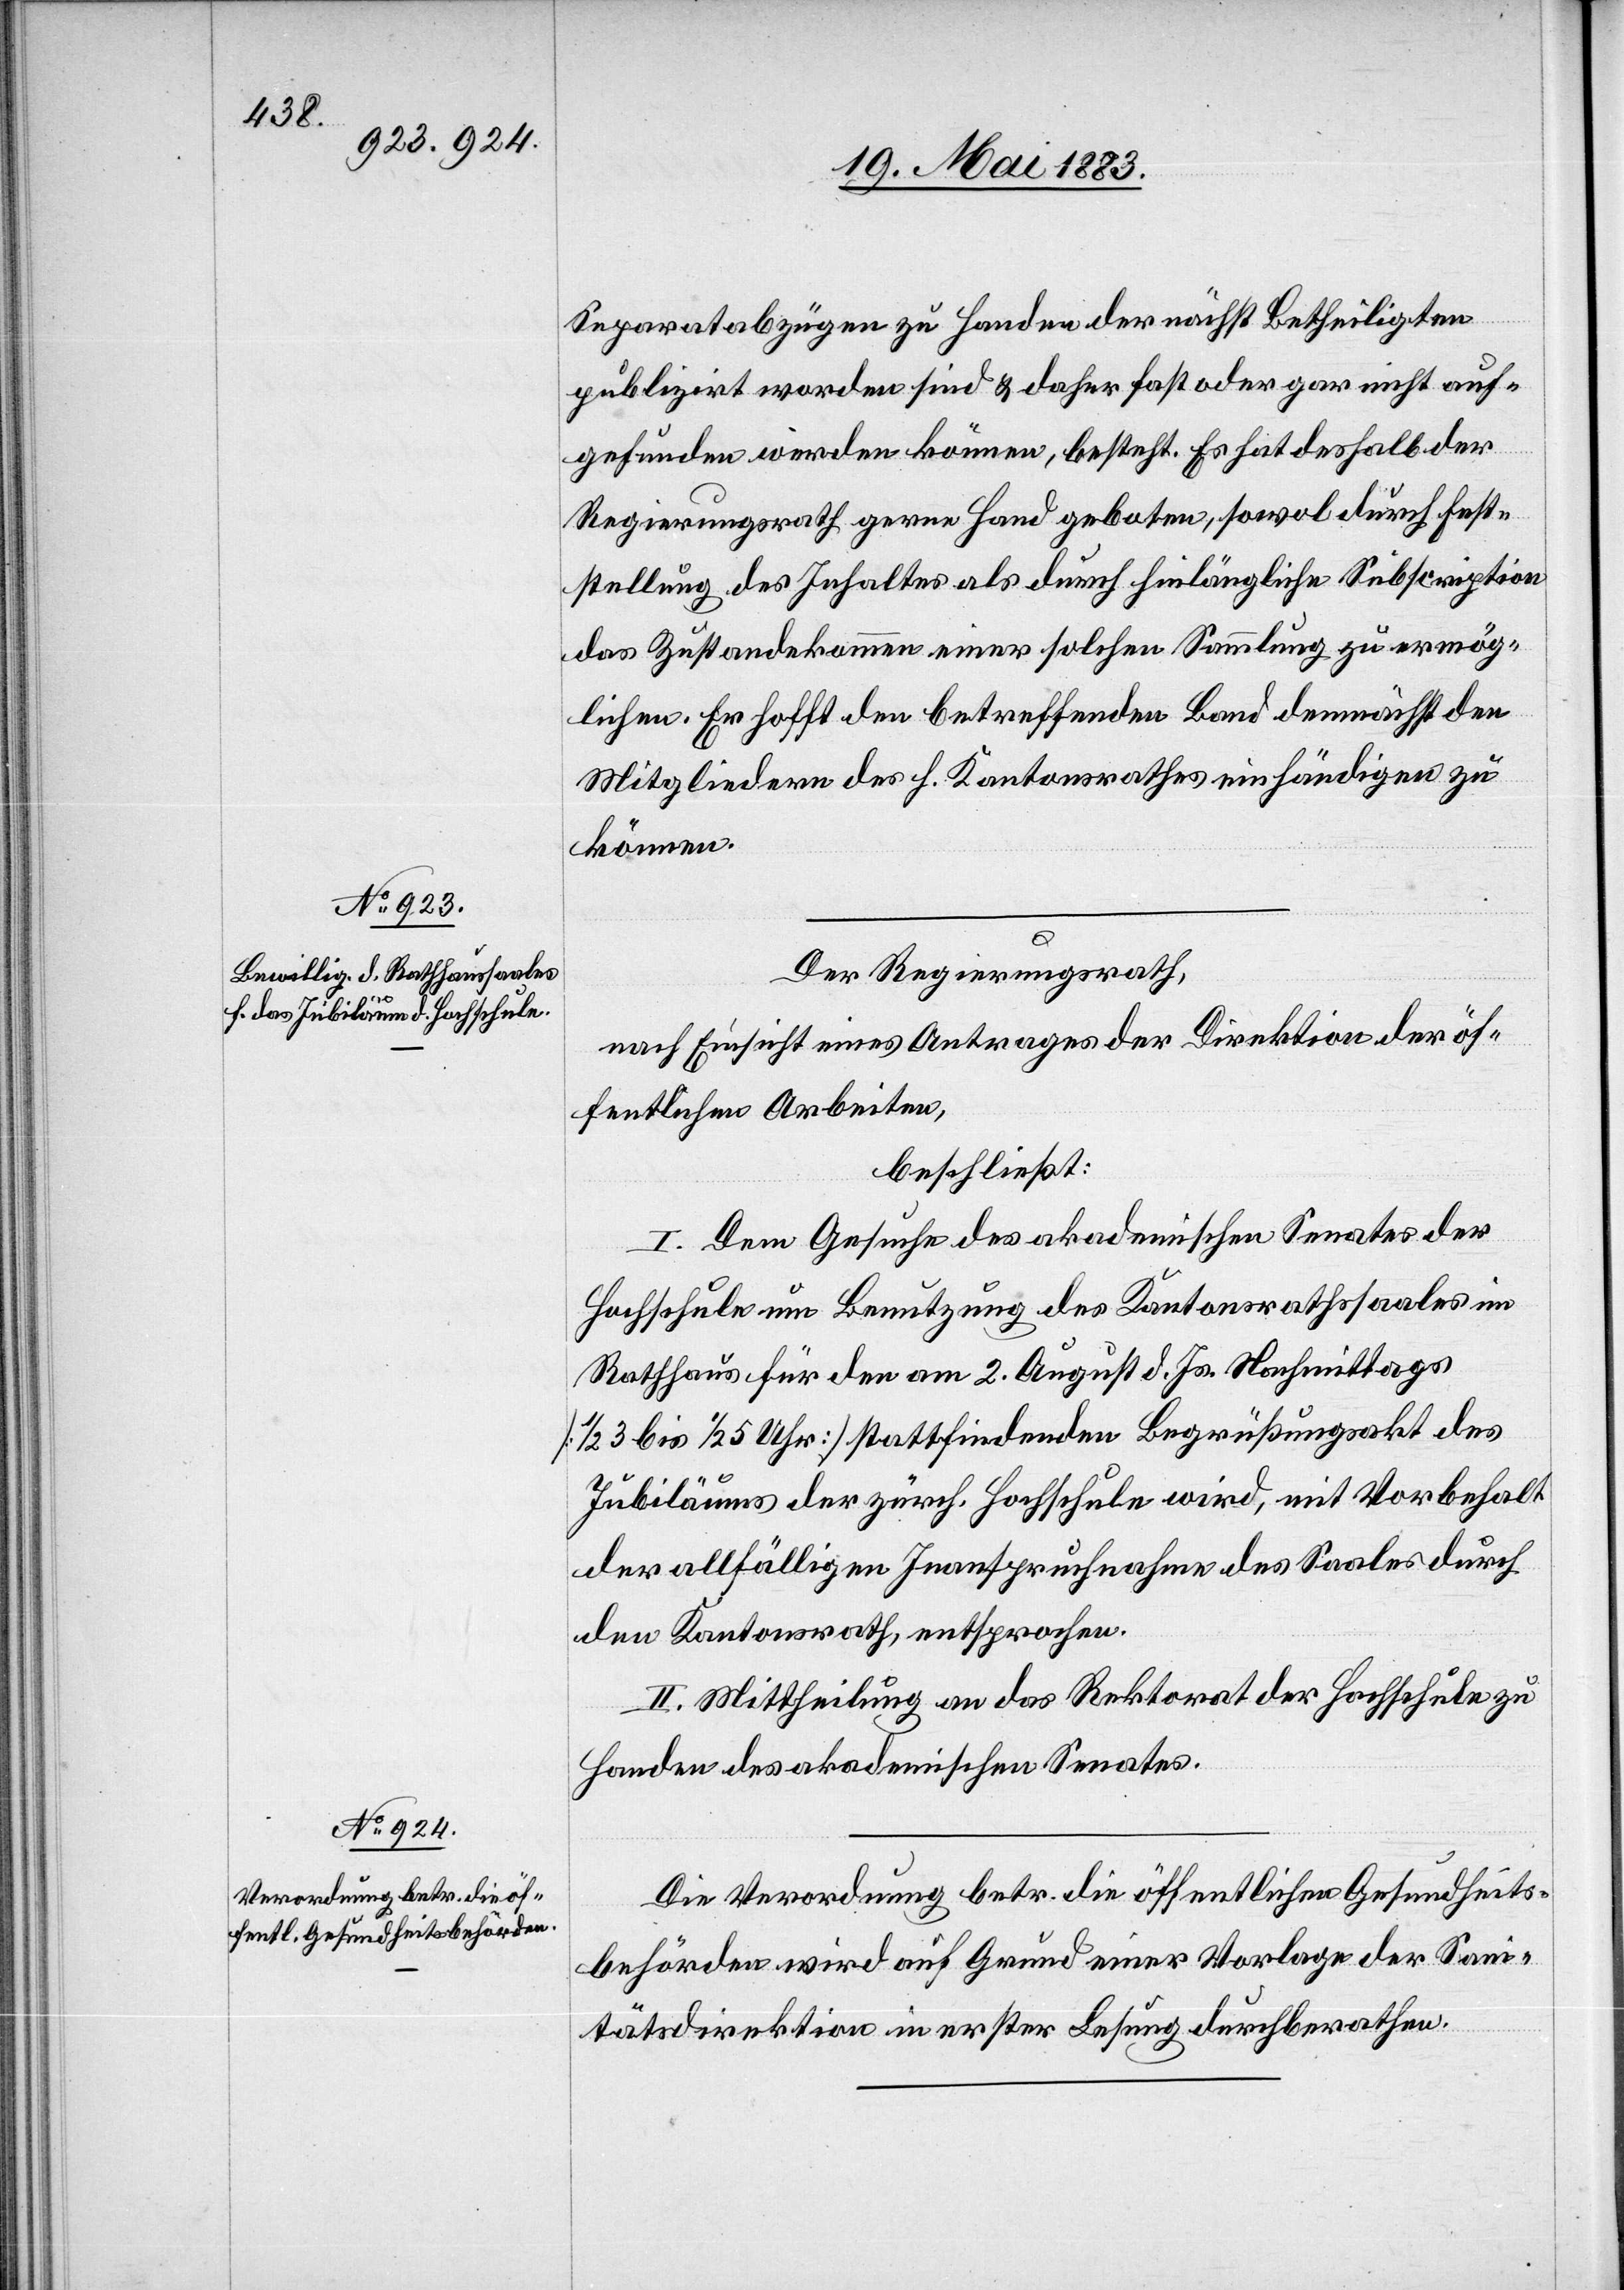
Separatabzügen zu Handen der nächst Betheiligten
publizirt worden sind & daher fast oder gar nicht auf¬
gefunden werden können, besteht. Es hat deshalb der
Regierungsrath gerne Hand geboten, sowol durch Fest¬
stellung des Inhaltes als durch hinlängliche Subscription
das Zustandekommen einer solchen Sammlung zu ermög¬
lichen. Er hofft den betreffenden Band demnächst den
Mitgliedern des h. Kantonsrathes einhändigen zu
können.
Der Regierungsrath,
nach Einsicht eines Antrages der Direktion der öf¬
fentlichen Arbeiten,
beschließt:
I. Dem Gesuche des akademischen Senates der
Hochschule um Benutzung des Kantonsrathssaales im
Rathhaus für den am 2. August d. Js. Nachmittags
[1/2 3 bis 1/2 5 Uhr] stattfindenden Begrüßungsakt des
Jubiläums der zürch. Hochschule wird, mit Vorbehalt
der allfälligen Inanspruchnahme des Saales durch
den Kantonsrath, entsprochen.
II. Mittheilung an das Rektorat der Hochschule zu
Handen des akademischen Senates.
Die Verordnung betr. die öffentlichen Gesundheits¬
behörden wird auf Grund einer Vorlage der Sani¬
tätsdirektion in erster Lesung durchberathen.